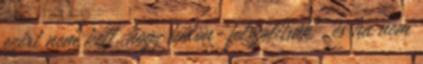
ezért nem kell, hogy külön "felszólítsák", és ha nem